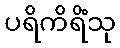
ပရိကိရိံသု